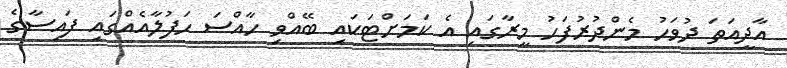
އާދީއަތަ ދުވަހު މެންދުރުފަހު މީރާގައި އެ ކަމަށްޓަކައި ބޭއްވި ހާއްސަ ހަފުލާއެއްގައި ފައިސާގެ